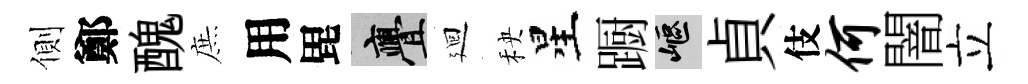
側鄭醜庶用毘亹廻秧星蹰嶇貞伎何闇立